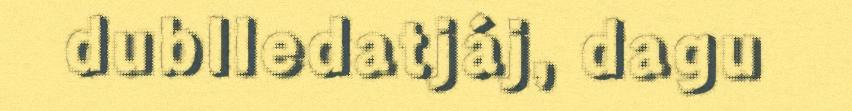
dublledatjáj, dagu